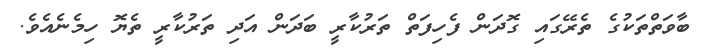
ބާވަތްތަކުގެ ތެރޭގައި ގޮދަން ފެހިފަތް ތަރުކާރީ ބަދަން އަދި ތަރުކާރީ ތެޔޮ ހިމެނެއެވެ.